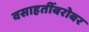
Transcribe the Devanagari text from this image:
वसाहतींबरोबर